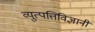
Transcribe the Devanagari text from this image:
व्युत्पत्तिविज्ञानी